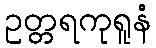
ဥတ္တရကုရူနံ